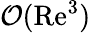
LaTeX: \mathcal{O}(\mathrm{Re}^{3})